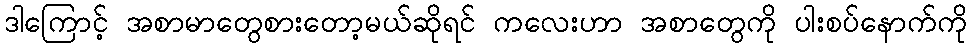
ဒါကြောင့် အစာမာတွေစားတော့မယ်ဆိုရင် ကလေးဟာ အစာတွေကို ပါးစပ်နောက်ကို